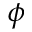
\phi